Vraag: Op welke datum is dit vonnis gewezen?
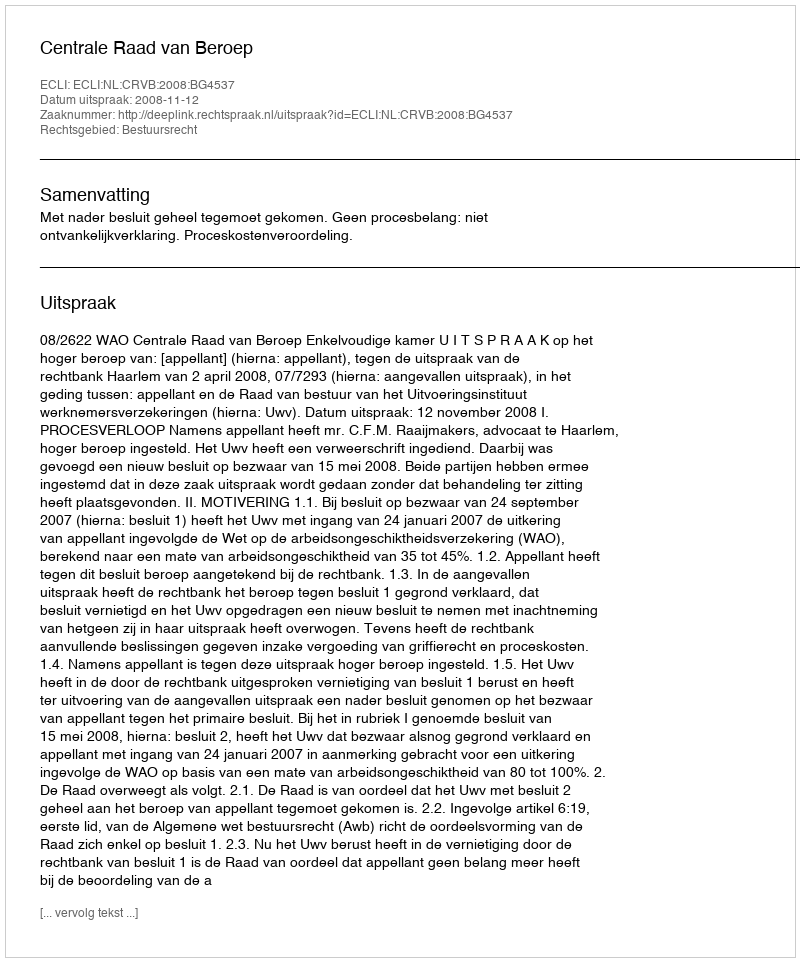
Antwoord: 2008-11-12